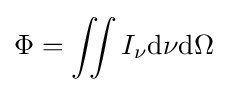
\Phi =\iint I_{\nu }\mathrm {d} \nu \mathrm {d} \Omega